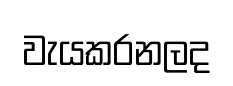
වැයකරනලද